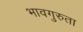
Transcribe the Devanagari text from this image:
भावगुरुता